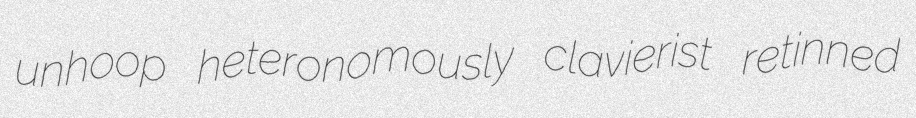
unhoop heteronomously clavierist retinned